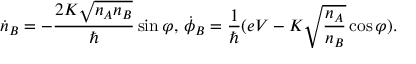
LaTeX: { \dot { n } } _ { B } = - { \frac { 2 K { \sqrt { n _ { A } n _ { B } } } } { \hbar } } \sin \varphi , \, { \dot { \phi } } _ { B } = { \frac { 1 } { \hbar } } ( e V - K { \sqrt { \frac { n _ { A } } { n _ { B } } } } \cos \varphi ) .